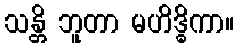
သန္တိ ဘူတာ မဟိဒ္ဓိကာ။